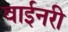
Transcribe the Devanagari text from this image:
वाईनरी